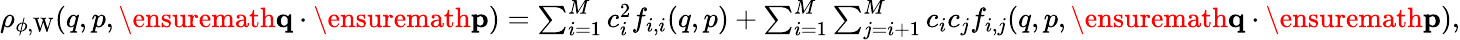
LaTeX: \begin{array}{r}{\rho_{\phi,\mathrm{W}}(q,p,\ensuremath{\mathbf{q}}\cdot\ensuremath{\mathbf{p}})=\sum_{i=1}^{M}c_{i}^{2}f_{i,i}(q,p)+\sum_{i=1}^{M}\sum_{j=i+1}^{M}c_{i}c_{j}f_{i,j}(q,p,\ensuremath{\mathbf{q}}\cdot\ensuremath{\mathbf{p}}),}\end{array}